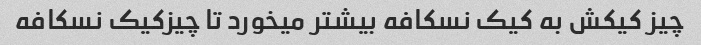
چیز کیکش به کیک نسکافه بیشتر میخورد تا چیزکیک نسکافه